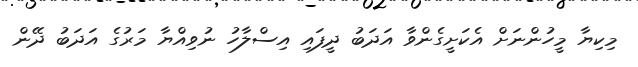
މިކިޔާ މީހުންނަށް އެކަށީގެންވާ އަދަބު ދީފައި އިސްލާހު ނުވިއްޔާ މަރުގެ އަދަބު ދޭން